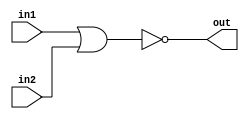
module top_module (
    input in1,
    input in2,
    output out);

    assign out = ~(in1 | in2) ;
 //   NOR nor1 (out,in1,in2);
endmodule